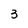
Character: 3